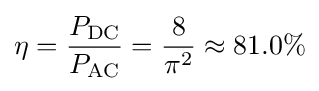
\eta ={P_{\mathrm {DC} } \over P_{\mathrm {AC} }}={8 \over \pi ^{2}}\approx 81.0\%